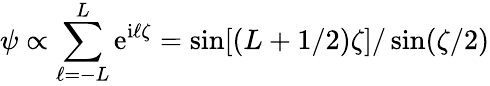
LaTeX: \psi\propto\sum_{\ell=-L}^{L}\mathrm{e}^{\mathrm{i}\ell\zeta}=\sin[(L+1/2)\zeta]/\sin(\zeta/2)